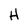
Character: A